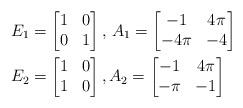
LaTeX: \begin{align*}&E_{1}= \begin{bmatrix}1 & 0 \\0 & 1 \end{bmatrix},\,A_{1}= \begin{bmatrix}-1 & 4\pi \\-4\pi & -4 \end{bmatrix}&\\&E_2=\begin{bmatrix}1 & 0\\1 & 0\end{bmatrix},A_2= \begin{bmatrix}-1 & 4\pi \\-\pi & -1\end{bmatrix}&\end{align*}